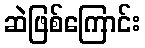
ဆဲဖြစ်ကြောင်း